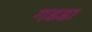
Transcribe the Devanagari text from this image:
गडडा